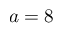
a = 8